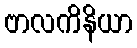
ဗာလကိနိယာ